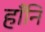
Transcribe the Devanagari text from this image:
हाँनि